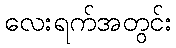
လေးရက်အတွင်း